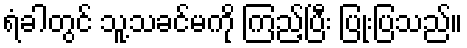
ရံခါတွင် သူ့သခင်မကို ကြည့်ပြီး ပြုံးပြသည်။